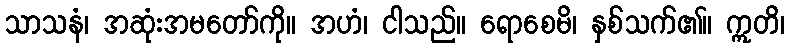
သာသနံ၊ အဆုံးအမတော်ကို။ အဟံ၊ ငါသည်။ ရောစေမိ၊ နှစ်သက်၏။ ဣတိ၊